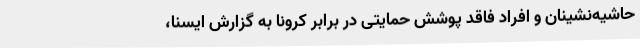
حاشیه‌نشینان و افراد فاقد پوشش حمایتی در برابر کرونا به گزارش ایسنا،